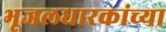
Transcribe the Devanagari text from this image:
भूजलधारकांच्या